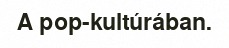
A pop-kultúrában.